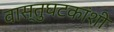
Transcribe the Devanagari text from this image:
वास्तुघटकांशी